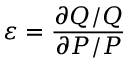
\varepsilon = { \frac { \partial Q / Q } { \partial P / P } }